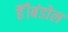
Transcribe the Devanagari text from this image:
हैँ।बंडोल